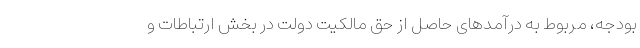
بودجه، مربوط به درآمدهای حاصل از حق مالکیت دولت در بخش ارتباطات و